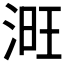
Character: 𣶪